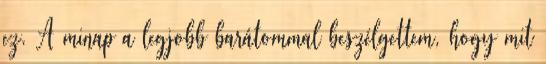
ez. A minap a legjobb barátommal beszélgettem, hogy mit